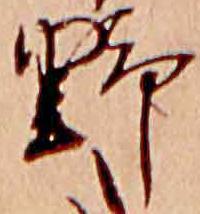
野